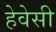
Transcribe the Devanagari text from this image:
हेवेसी